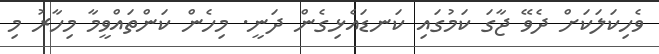
ވެހިކަލަކަަށް ދެވޭ ޖާގަ ކަމުގައި ކަނޑައެޅިގެން ދަނީ. މިހެން ކަންތައްވީމާ މިހާރު މި